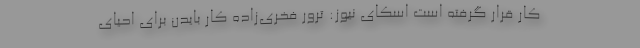
کار قرار گرفته است اسکای نیوز: ترور فخری‌زاده کار بایدن برای احیای